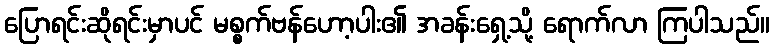
ပြောရင်းဆိုရင်းမှာပင် မစ္စက်ဗန်ဟော့ပါး၏ အခန်းရှေ့သို့ ရောက်လာ ကြပါသည်။